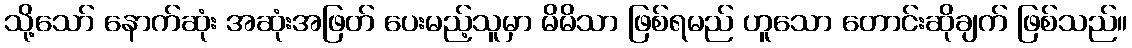
သို့သော် နောက်ဆုံး အဆုံးအဖြတ် ပေးမည့်သူမှာ မိမိသာ ဖြစ်ရမည် ဟူသော တောင်းဆိုချက် ဖြစ်သည်။